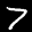
Label: 7